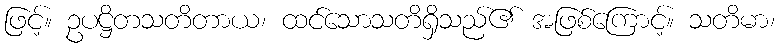
ဖြင့်။ ဥပဋ္ဌိတသတိတာယ၊ ထင်သောသတိရှိသည်၏ အဖြစ်ကြောင့်။ သတိမာ၊